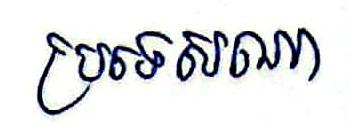
ប្រទេសណា